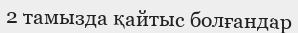
2 тамызда қайтыс болғандар